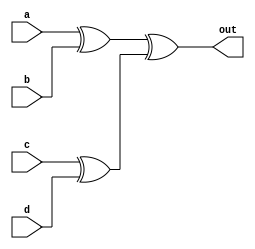
module top_module(
    input a,
    input b,
    input c,
    input d,
    output out  
    ); 
//a'bc'd'+ab'c'd'+a'b'c'd+abc'd+a'bcd+ab'cd+a'b'cd'+abcd'
//->c'd'(a^b)+a'b'(c^d)+cd(a^b)+ab(c^d)
//->(a^b)^(c^d)
    assign out = (a ^ b) ^ (c ^ d) ;

endmodule